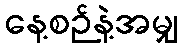
နေ့စဉ်နဲ့အမျှ